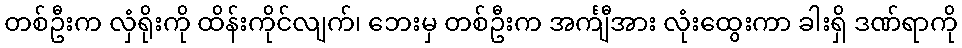
တစ်ဦးက လှံရိုးကို ထိန်းကိုင်လျက်၊ ဘေးမှ တစ်ဦးက အင်္ကျီအား လုံးထွေးကာ ခါးရှိ ဒဏ်ရာကို